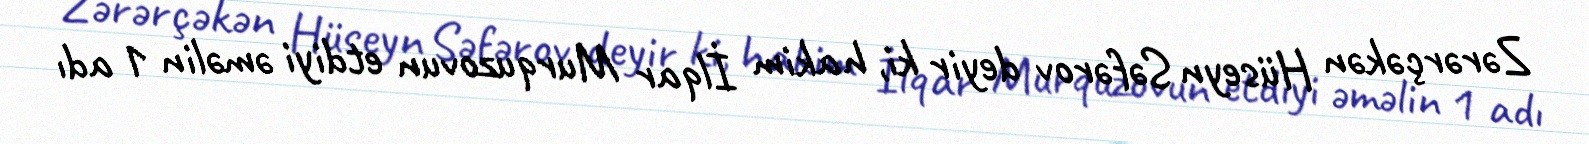
Zərərçəkən Hüseyn Səfərov deyir ki, hakim İlqar Murquzovun etdiyi əməlin 1 adı